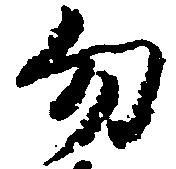
勿